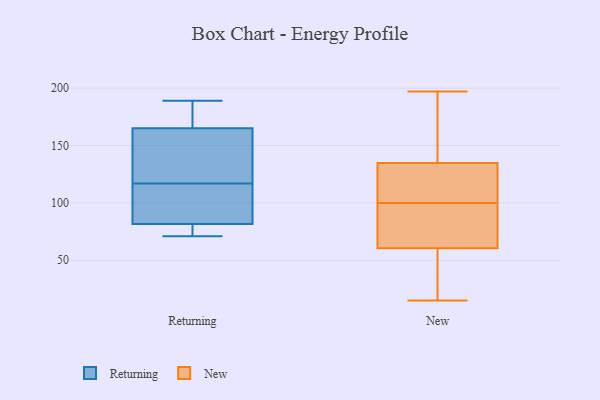
{"axis": {"x": "Revenue (USD Million)", "y": "Value"}, "legend": ["New", "Returning"], "data": [{"x": "", "y": 78, "type": "Returning"}, {"x": "", "y": 159, "type": "Returning"}, {"x": "", "y": 189, "type": "Returning"}, {"x": "", "y": 120, "type": "Returning"}, {"x": "", "y": 92, "type": "Returning"}, {"x": "", "y": 117, "type": "Returning"}, {"x": "", "y": 76, "type": "Returning"}, {"x": "", "y": 104, "type": "Returning"}, {"x": "", "y": 172, "type": "Returning"}, {"x": "", "y": 167, "type": "Returning"}, {"x": "", "y": 71, "type": "Returning"}, {"x": "", "y": 100, "type": "New"}, {"x": "", "y": 58, "type": "New"}, {"x": "", "y": 26, "type": "New"}, {"x": "", "y": 89, "type": "New"}, {"x": "", "y": 139, "type": "New"}, {"x": "", "y": 29, "type": "New"}, {"x": "", "y": 116, "type": "New"}, {"x": "", "y": 108, "type": "New"}, {"x": "", "y": 118, "type": "New"}, {"x": "", "y": 15, "type": "New"}, {"x": "", "y": 197, "type": "New"}, {"x": "", "y": 84, "type": "New"}, {"x": "", "y": 87, "type": "New"}, {"x": "", "y": 180, "type": "New"}, {"x": "", "y": 68, "type": "New"}, {"x": "", "y": 187, "type": "New"}, {"x": "", "y": 122, "type": "New"}, {"x": "", "y": 47, "type": "New"}, {"x": "", "y": 151, "type": "New"}]}